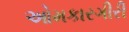
ઓમકારગીરી